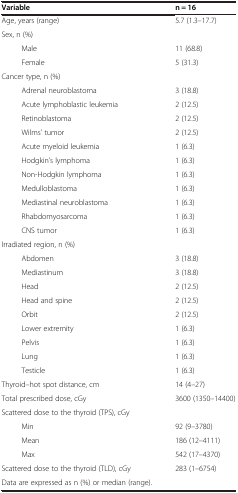
| Variable | n = 16 |
 | --- | --- |
 | Age, years (range) | 5.7 (1.3–17.7) |
 | Sex, n (%) |  |
 | Male | 11 (68.8) |
 | Female | 5 (31.3) |
 | Cancer type, n (%) |  |
 | Adrenal neuroblastoma | 3 (18.8) |
 | Acute lymphoblastic leukemia | 2 (12.5) |
 | Retinoblastoma | 2 (12.5) |
 | Wilms’ tumor | 2 (12.5) |
 | Acute myeloid leukemia | 1 (6.3) |
 | Hodgkin’s lymphoma | 1 (6.3) |
 | Non-Hodgkin lymphoma | 1 (6.3) |
 | Medulloblastoma | 1 (6.3) |
 | Mediastinal neuroblastoma | 1 (6.3) |
 | Rhabdomyosarcoma | 1 (6.3) |
 | CNS tumor | 1 (6.3) |
 | Irradiated region, n (%) |  |
 | Abdomen | 3 (18.8) |
 | Mediastinum | 3 (18.8) |
 | Head | 2 (12.5) |
 | Head and spine | 2 (12.5) |
 | Orbit | 2 (12.5) |
 | Lower extremity | 1 (6.3) |
 | Pelvis | 1 (6.3) |
 | Lung | 1 (6.3) |
 | Testicle | 1 (6.3) |
 | Thyroid–hot spot distance, cm | 14 (4–27) |
 | Total prescribed dose, cGy | 3600 (1350–14400) |
 | Scattered dose to the thyroid (TPS), cGy |  |
 | Min | 92 (9–3780) |
 | Mean | 186 (12–4111) |
 | Max | 542 (17–4370) |
 | Scattered dose to the thyroid (TLD), cGy | 283 (1–6754) |
 | <COLSPAN=2> Data are expressed as n (%) or median (range). |